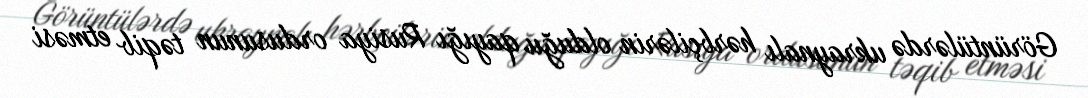
Görüntülərdə ukraynalı hərbçilərin olduğu qayığı Rusiya ordusunun təqib etməsi